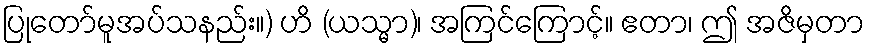
ပြုတော်မူအပ်သနည်း။) ဟိ (ယသ္မာ)၊ အကြင်ကြောင့်။ ဧတာ၊ ဤ အဇိမှတာ